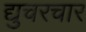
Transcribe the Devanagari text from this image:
द्युचरचार